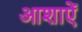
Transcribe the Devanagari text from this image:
आशाऐं